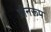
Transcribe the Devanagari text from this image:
ग्रीनरूप